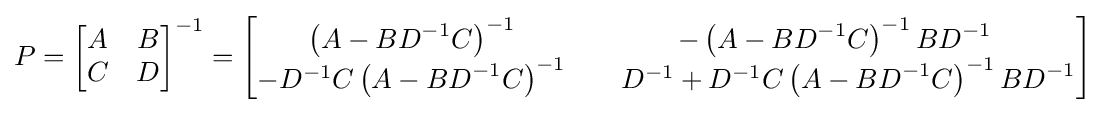
{P}={\begin{bmatrix}{A}&{B}\\{C}&{D}\end{bmatrix}}^{-1}={\begin{bmatrix}\left({A}-{BD}^{-1}{C}\right)^{-1}&-\left({A}-{BD}^{-1}{C}\right)^{-1}{BD}^{-1}\\-{D}^{-1}{C}\left({A}-{BD}^{-1}{C}\right)^{-1}&\quad {D}^{-1}+{D}^{-1}{C}\left({A}-{BD}^{-1}{C}\right)^{-1}{BD}^{-1}\end{bmatrix}}